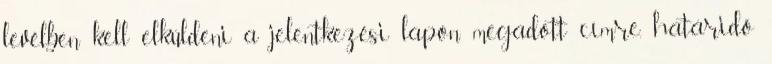
levélben kell elküldeni a jelentkezési lapon megadott címre, határidő